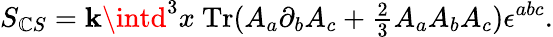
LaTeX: S_{\mathbb{C}S}=\mathbf{k}\intd^{3}x\ \mathrm{{Tr}}(A_{a}\partial_{b}A_{c}+{\textstyle{\frac{{2}}{{3}}}}A_{a}A_{b}A_{c})\epsilon^{abc}.